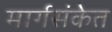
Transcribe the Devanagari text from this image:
मार्गसंकेत